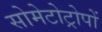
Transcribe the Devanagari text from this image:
सोमेटोट्रोपों